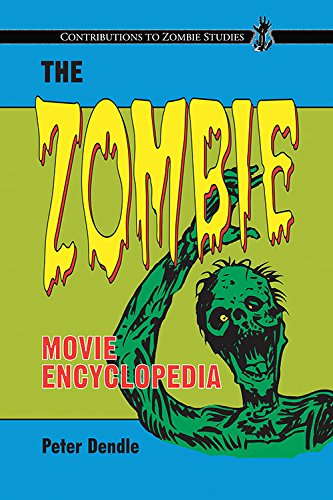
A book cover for The Zombie Movie Encyclopedia; Peter Dendle; Humor & Entertainment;